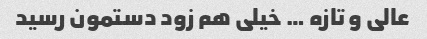
عالی و تازه … خیلی هم زود دستمون رسید